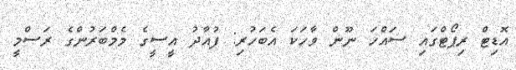
އޮޑިޓް ރިޕޯޓްގައި ސައްހަ ނޫން ވާހަކަ އެބަހުރި: ފުއާދު އީސީގެ މެމްބަރުންގެ ރަސްމީ